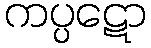
ကပ္ပဋော